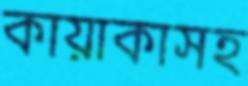
কায়াকাসহ